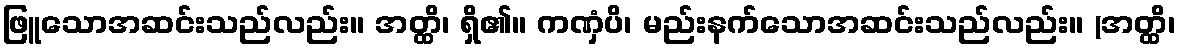
ဖြူသောအဆင်းသည်လည်း။ အတ္ထိ၊ ရှိ၏။ ကဏှံပိ၊ မည်းနက်သောအဆင်းသည်လည်း။ (အတ္ထိ၊